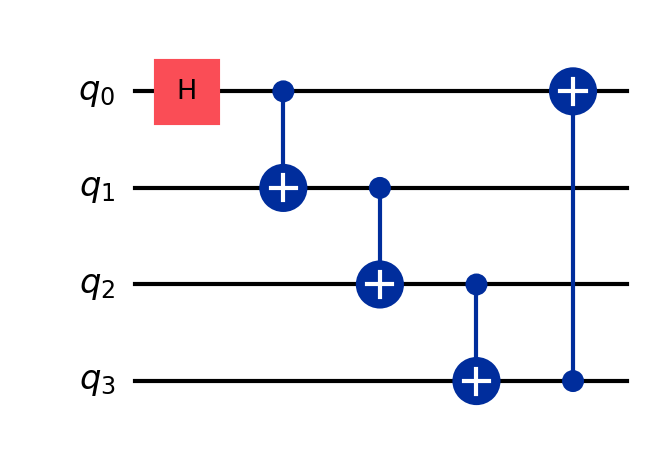
Description: 4-qubit ladder/ring CNOT topology
描述: 4量子比特梯形/环形CNOT拓扑
Category: qubit_scaling (difficulty: intermediate)
Qubits: 4, circuit depth: 5

Braket implementation:
from braket.circuits import Circuit
circuit = Circuit()
circuit.h(0)
circuit.cnot(0, 1)
circuit.cnot(1, 2)
circuit.cnot(2, 3)
circuit.cnot(3, 0)

Qiskit implementation:
from qiskit import QuantumCircuit
circuit = QuantumCircuit(4)
circuit.h(0)
circuit.cx(0, 1)
circuit.cx(1, 2)
circuit.cx(2, 3)
circuit.cx(3, 0)